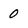
Character: 0